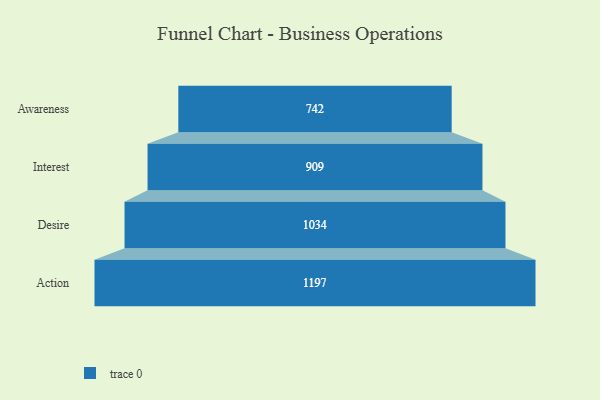
{"axis": {"x": "Stage", "y": "Value"}, "legend": [""], "data": [{"x": "Awareness", "y": 742.0, "type": ""}, {"x": "Interest", "y": 909.0, "type": ""}, {"x": "Desire", "y": 1034.0, "type": ""}, {"x": "Action", "y": 1197.0, "type": ""}]}